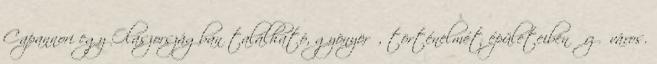
Capannori egy Olaszországban található, gyönyörű, történelmét épületeiben őrző város.